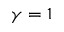
\gamma = 1